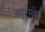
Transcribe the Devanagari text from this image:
अन्टोनो